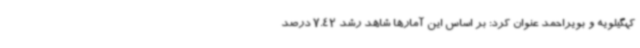
کهگیلویه و بویراحمد عنوان کرد: بر اساس این آمارها شاهد رشد 7.42 درصد